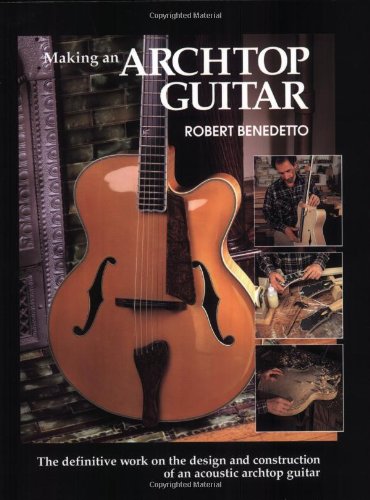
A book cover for Making an Archtop Guitar; Robert Benedetto; Reference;